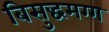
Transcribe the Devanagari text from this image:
बिसुद्धमग्ग